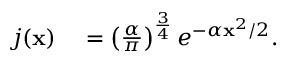
\begin{array} { r l } { j ( \mathbf { x } ) } & { { } = \left( \frac { \alpha } { \pi } \right) ^ { \frac { 3 } { 4 } } e ^ { - \alpha \mathbf { x } ^ { 2 } / 2 } . } \end{array}